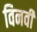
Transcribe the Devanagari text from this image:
विनवी